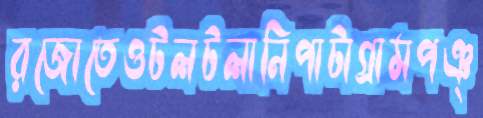
রজোতেওটলটলানিপাটাগ্রামপঞ্